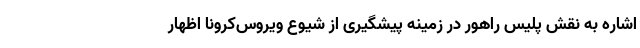
اشاره به نقش پلیس راهور در زمینه پیشگیری از شیوع ویروس‌کرونا اظهار